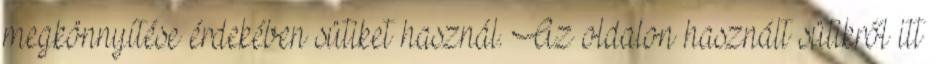
megkönnyítése érdekében sütiket használ. Az oldalon használt sütikről itt